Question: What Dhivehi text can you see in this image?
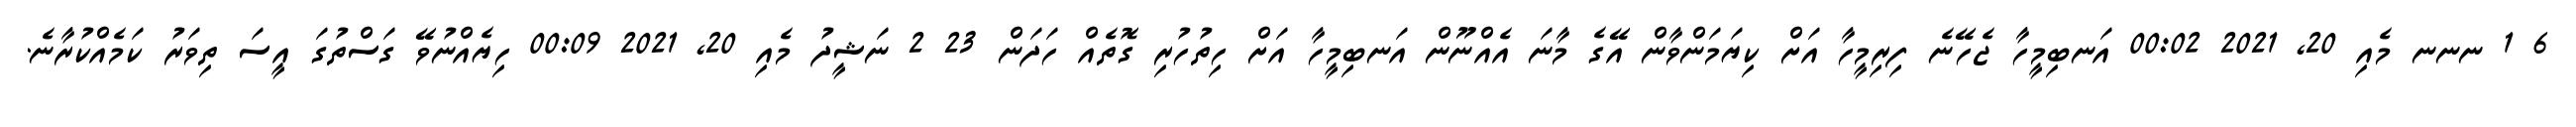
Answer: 6 1 ނނނ މެއި 20, 2021 00:02 އަނބިމީހާ ޖެހޭނެ ފިރިމީހާ އަށް ކިޔަމަންވާން އޭގެ މާނަ އެއްނޫން އަނބިމީހާ އަށް ހިތުހުރި ގޮތެއް ހަދަން 23 2 ނަޝީދު މެއި 20, 2021 00:09 ހިޔެއްނުވޭ ގަސްތުގަ އީސަ ތިވަރު ކަމެއްކުރާނެ.